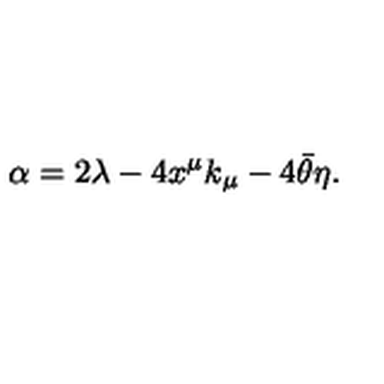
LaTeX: \alpha = 2 \lambda - 4 x ^ { \mu } k _ { \mu } - 4 \bar { \theta } \eta .